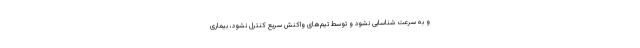
و به سرعت شناسایی نشود و توسط تیم‌های واکنش سریع کنترل نشود، بیماری